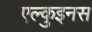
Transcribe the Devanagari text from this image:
एल्कुइनस